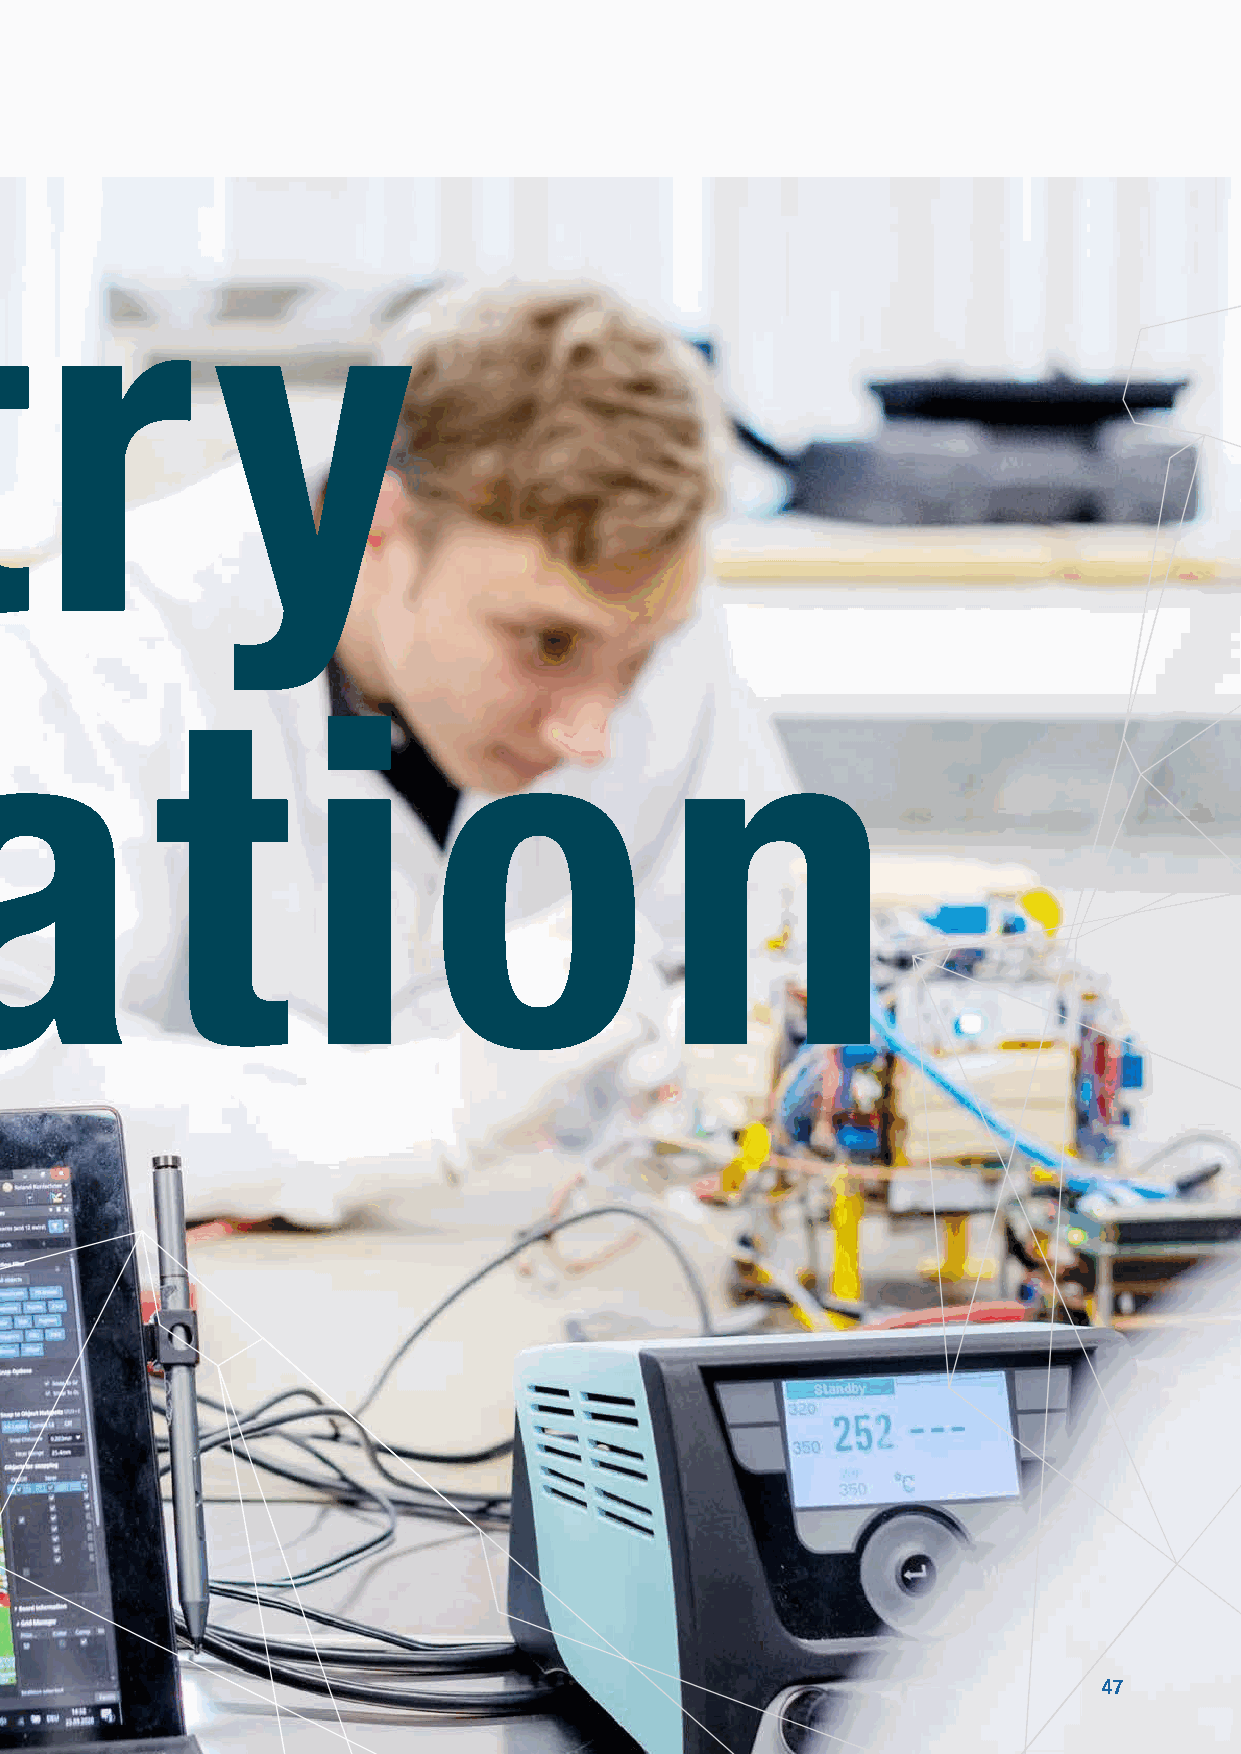
In d u s t r  y
 I n n o v a t       i       o               n
 47